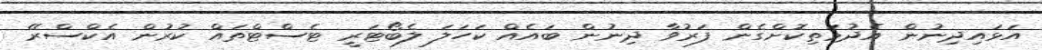
އަޅައިދިނުން އެދުމަތިކޮށްގެން ފަރުވާ ދިނުން ބައެއް ކަހަލަ ލެބޯޓަރީ ޓެސްޓްތައް ކުރުން އެކްސްރޭ